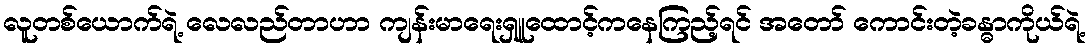
လူတစ်ယောက်ရဲ့ လေလည်တာဟာ ကျန်းမာရေးရှူထောင့်ကနေကြည့်ရင် အတော် ကောင်းတဲ့ခန္ဓာကိုယ်ရဲ့